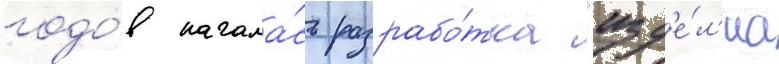
годо́в начала́сь разрабо́тка "изд'е́л'иа